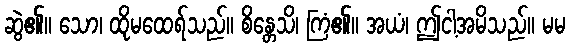
ဆွဲ၏။ သော၊ ထိုမထေရ်သည်။ စိန္တေသိ၊ ကြံ၏။ အယံ၊ ဤငါ့အမိသည်။ မမ